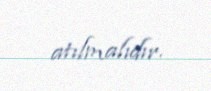
atılmalıdır.